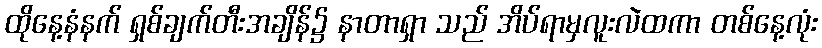
ထိုနေ့နံနက် ရှစ်ချက်တီးအချိန်၌ နာတာရှာ သည် အိပ်ရာမှလူးလဲထကာ တစ်နေ့လုံး